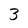
Character: 3